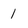
Character: 1